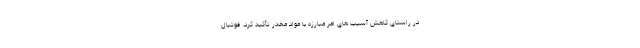
در راستای کاهش آسیب های امر مبارزه با مواد مخدر تأکید کرد. فوتبال